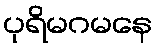
ပုရိမဂမနေ